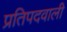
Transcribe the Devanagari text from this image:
प्रतिपदवाली